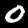
Digit: 0